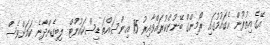
އޭގެ އިތުރުން އެގައުމުގައި ރޯމިންގް ބޭނުންކުރައްވާއިރު 15 އިންސައްތަ ޑިސްކައުންޓް ލިބިގެންދާނެ ކަމަށްވެސް